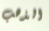
الذهب